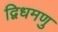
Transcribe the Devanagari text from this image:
द्विधमणु